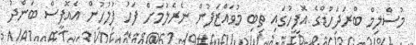
މުސްލިމް ބްރަދަހުޑްގެ އޮފީހުގައި ތިބި މުވައްޒަފުން ނެރެލުމަށް ފަހު ފުލުހުން އެއޮފީސް ބަންދު